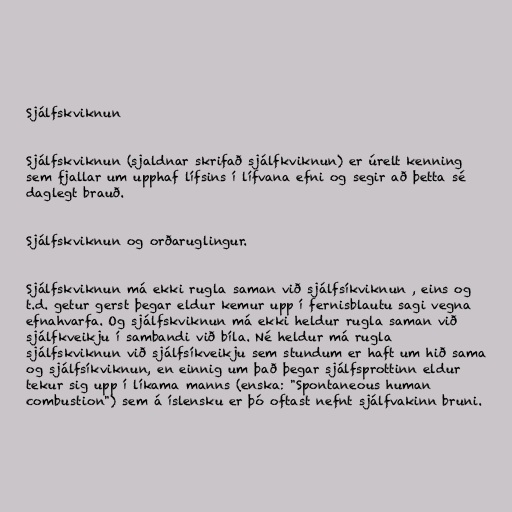
Sjálfskviknun

Sjálfskviknun (sjaldnar skrifað sjálfkviknun) er úrelt kenning
sem fjallar um upphaf lífsins í lífvana efni og segir að þetta sé
daglegt brauð.

Sjálfskviknun og orðaruglingur.

Sjálfskviknun má ekki rugla saman við sjálfsíkviknun , eins og
t.d. getur gerst þegar eldur kemur upp í fernisblautu sagi vegna
efnahvarfa. Og sjálfskviknun má ekki heldur rugla saman við
sjálfkveikju í sambandi við bíla. Né heldur má rugla
sjálfskviknun við sjálfsíkveikju sem stundum er haft um hið sama
og sjálfsíkviknun, en einnig um það þegar sjálfsprottinn eldur
tekur sig upp í líkama manns (enska: "Spontaneous human
combustion") sem á íslensku er þó oftast nefnt sjálfvakinn bruni.